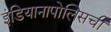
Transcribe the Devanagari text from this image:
इंडियानापोलिसची